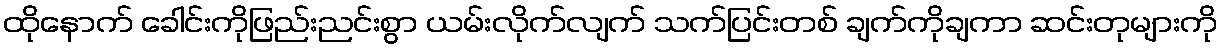
ထိုနောက် ခေါင်းကိုဖြည်းညင်းစွာ ယမ်းလိုက်လျက် သက်ပြင်းတစ် ချက်ကိုချကာ ဆင်းတုများကို